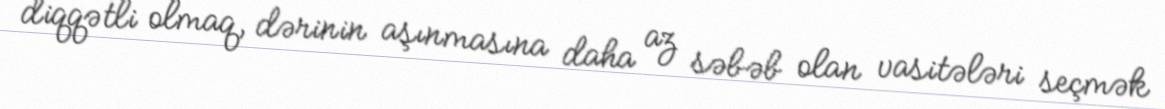
diqqətli olmaq, dərinin aşınmasına daha az səbəb olan vasitələri seçmək